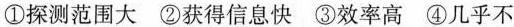
①探测范围大 ②获得信息快 ③效率高